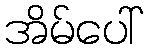
အိမ်ပေါ်